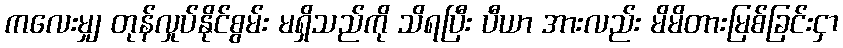
ကလေးမျှ တုန်လှုပ်နိုင်စွမ်း မရှိသည်ကို သိရပြီး ပီယာ အားလည်း မိမိတားမြစ်ခြင်းငှာ